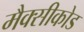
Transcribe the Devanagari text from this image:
मैक्सीकोड